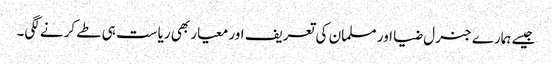
جیسے ہمارے جنرل ضیا اور مسلمان کی تعریف اور معیار بھی ریاست ہی طے کرنے لگی۔